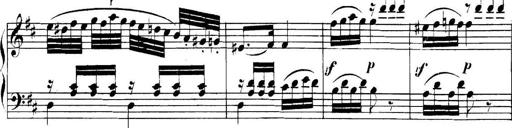
Title: Collected Piano Sonatas
Composer: Muzio Clementi